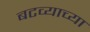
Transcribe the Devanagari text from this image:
बटव्याच्या